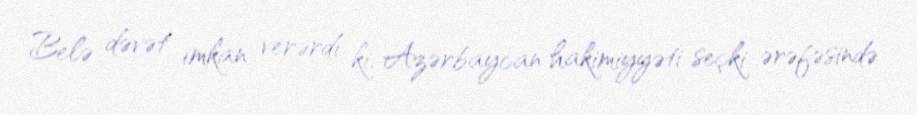
Belə dəvət imkan verərdi ki, Azərbaycan hakimiyyəti seçki ərəfəsində